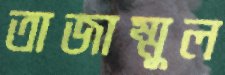
তাজাম্মুল